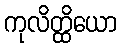
ကုလိတ္ထိယော